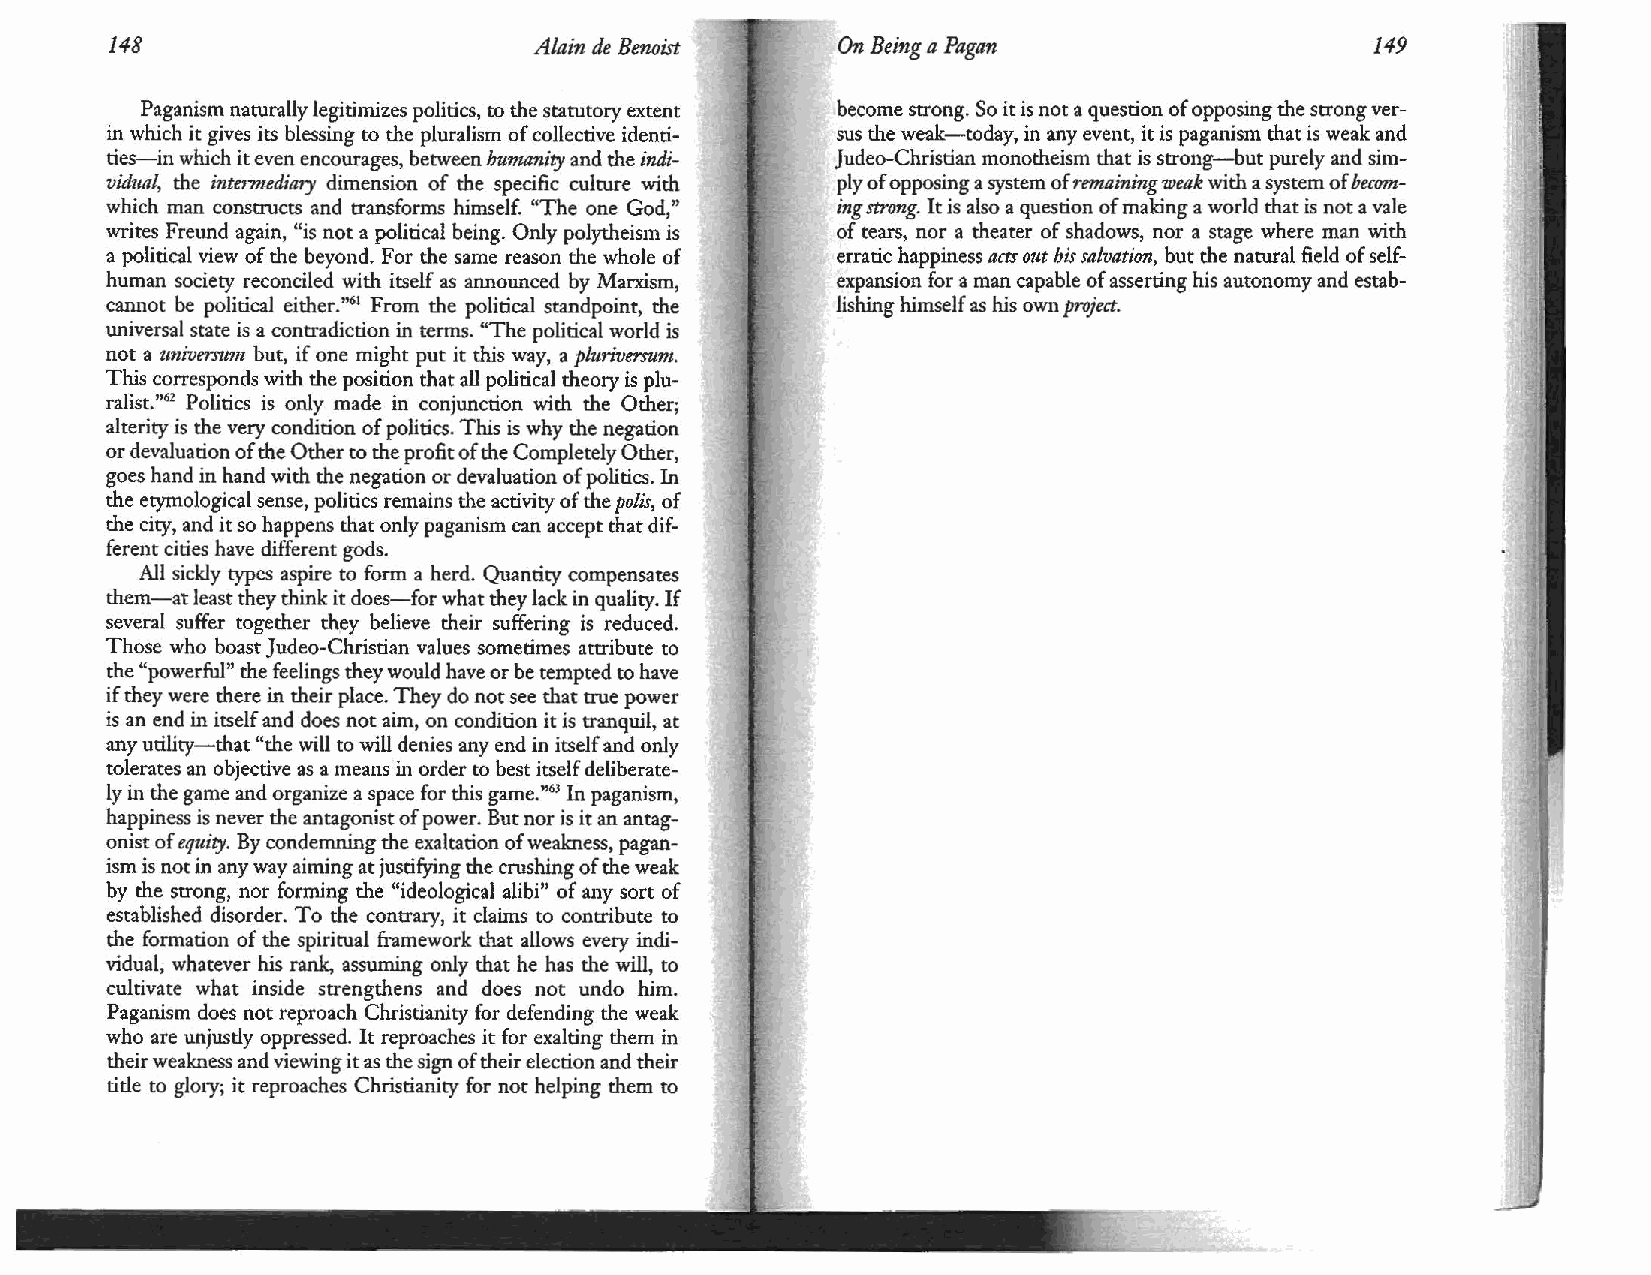
148                          Alain de Benoist    On Being a Pagan                   149
 Paganism naturally legitimizes politics, to the statutory extent become strong. So it is not a question of opposing the strong ver
 in which it gives its blessing to the pluralism of collective identi sus the weak-today, in any event, it is paganism that is weak and
 ties-in which it even encourages, between humanity and the indi Judeo-Christian monotheism that is strong-but purely and sim
 vidual, the intemtediary dimension of the specific culture with ply of opposing a system ofr emaining weak with a system of bec0'11J
 which man constructs and transforms himself. "The one God," ing strong. It is also a question of making a world that is not a vale
 writes Freund again, "is not a political being. Only polytheism is of tears, nor a theater of shadows, nor a stage where man with
 a political view of the beyond. For the same reason the whole of erratic happiness acts out his salvation, but the natural field of self
 human society reconciled with itself as announced by Marxism, expansion for a man capable of asserting his autonomy and estab
 cannot be political either."61 From the political standpoint, the lishing himself as his own project.
 universal state is a contradiction in terms. "The political world is
 not a tmiversmn but, if one might put it this way, a pluriversum.
 This corresponds with the position that all political theory is plu
 ralist."62 Politics is only made in conjunction with the Other;
 alterity is the very condition of politics. This is why the negation
 or devaluation of the Other to the profit of the Completely Other,
 goes hand in hand with the negation or devaluation of politics. In
 the etymological sense, politics remains the activity of the polis, of
 the city, and it so happens that only paganism can accept that dif
 ferent cities have different gods.
 All sickly types aspire to form a herd. Quantity compensates
 them-at least they think it does-for what they lack in quality. If
 several suffer together they believe their suffering is reduced.
 Those who boast Judea-Christian values sometimes attribute to
 the "powerful" the feelings they would have or be tempted to have
 if they were there in their place. They do not see that true power
 is an end in itself and does not aim, on condition it is tranquil, at
 any utility-that "the will to will denies any end in itself and only
 tolerates an objective as a means in order to best itself deliberate
 ly in the game and organize a space for this game. "6 In paganism,
 '
 happiness is never the antagonist of power. But nor is it an antag
 onist of equity. By condemning the exaltation of wealmess, pagan
 ism is not in any way aiming at justifying the crushing of the weak
 by the strong, nor forming the "ideological alibi" of any sort of
 established disorder. To the contrary, it claims to contribute to
 the formation of the spiritual framework that allows every indi
 vidual, whatever his rank, assuming only that he has the will, to
 cultivate what inside strengthens and does not undo him.
 Paganism does not reproach Christianity for defending the weak
 who are unjustly oppressed. It reproaches it for exalting them in
 their weakness and viewing it as the sign of their election and their
 title to glory; it reproaches Christianity for not helping them to